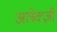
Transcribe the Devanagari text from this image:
अलेक्ज़ी